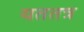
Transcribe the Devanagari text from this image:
यततत्र